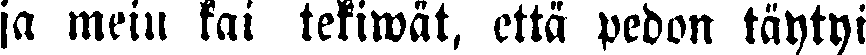
ja meiu kai tekiwät, että pedon täytyi